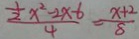
\frac { \frac { 1 } { 2 } x ^ { 2 } - 2 x - 6 } { 4 } = \frac { x + 2 } { 8 }